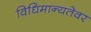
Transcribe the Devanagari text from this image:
विधिमान्यतेवर